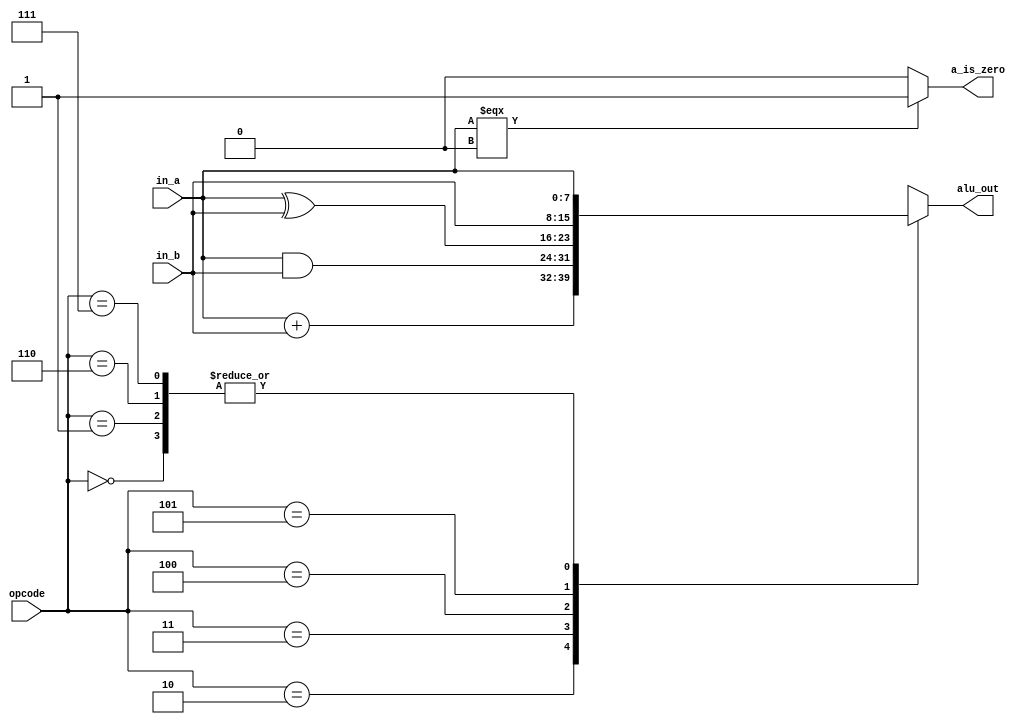
module alu #(
	parameter WIDTH=8
)(
	   input [WIDTH-1:0] in_a,
	   input [WIDTH-1:0] in_b,
	   input [2:0] opcode,
	   output reg [WIDTH-1:0] alu_out,
	   output reg a_is_zero
);

	localparam [2:0] OP_HLT = 3'b000;
	localparam [2:0] OP_SKZ = 3'b001;
	localparam [2:0] OP_ADD = 3'b010;
	localparam [2:0] OP_AND = 3'b011;
	localparam [2:0] OP_XOR = 3'b100;
	localparam [2:0] OP_LDA = 3'b101;
	localparam [2:0] OP_STO = 3'b110;
	localparam [2:0] OP_JMP = 3'b111;

	initial begin
		alu_out <= {WIDTH{1'b0}};
		a_is_zero <= 1'b0;
	end

	always @(in_a or in_b or opcode) begin
		case (opcode)
			OP_HLT: alu_out <= in_a; 		// HLT
			OP_SKZ: alu_out <= in_a; 		// SKZ
			OP_ADD: alu_out <= in_a + in_b; // ADD
			OP_AND: alu_out <= in_a & in_b;	// AND
			OP_XOR: alu_out <= in_a ^ in_b; // XOR
			OP_LDA: alu_out <= in_b; 		// LDA
			OP_STO: alu_out <= in_a; 		// STO
			OP_JMP: alu_out <= in_a; 		// JMP
		endcase
		a_is_zero <= (in_a === {WIDTH{1'b0}}) ? 1'b1 : 1'b0;
	end

endmodule